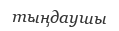
тыңдаушы